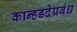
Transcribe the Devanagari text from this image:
कान्हडदेप्रबंध